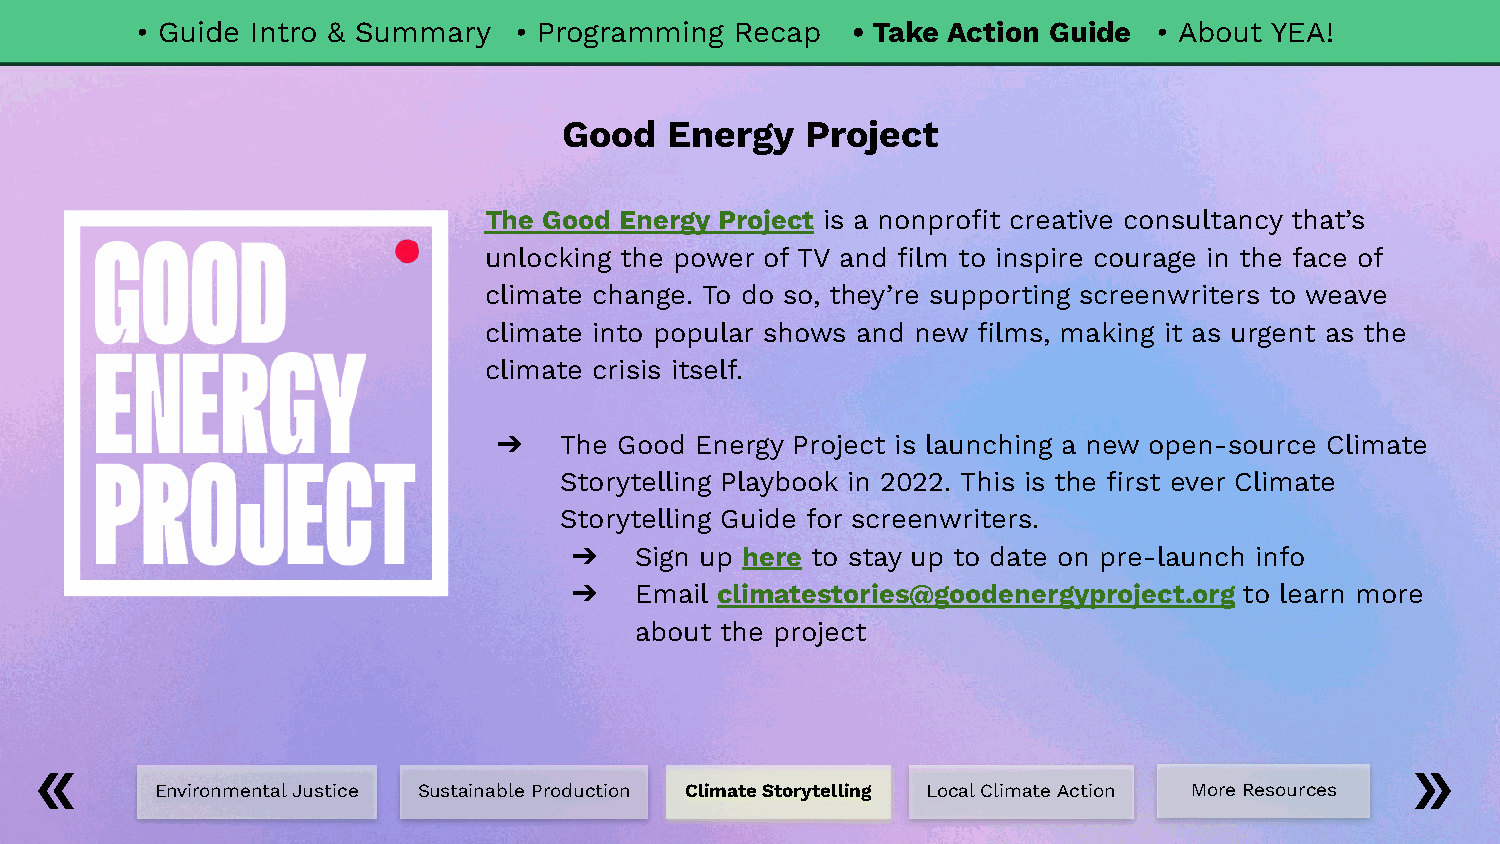
• Guide Intro & Summary  • Programming  Recap  • Take Action Guide  • About YEA!
 Good   Energy   Project
 The Good Energy Project is a nonprofit creative consultancy that’s
 unlocking the power of TV and film to inspire courage in the face of
 climate change. To do so, they’re supporting screenwriters to weave
 climate into popular shows and new films, making it as urgent as the
 climate crisis itself.
 ➔   The Good Energy Project is launching a new open-source Climate
 Storytelling Playbook in 2022. This is the first ever Climate
 Storytelling Guide for screenwriters.
 ➔   Sign up here to stay up to date on pre-launch info
 ➔   Email climatestories@goodenergyproject.org to learn more
 about the project
 Environmental Justice Sustainable Production Climate Storytelling Local Climate Action More Resources